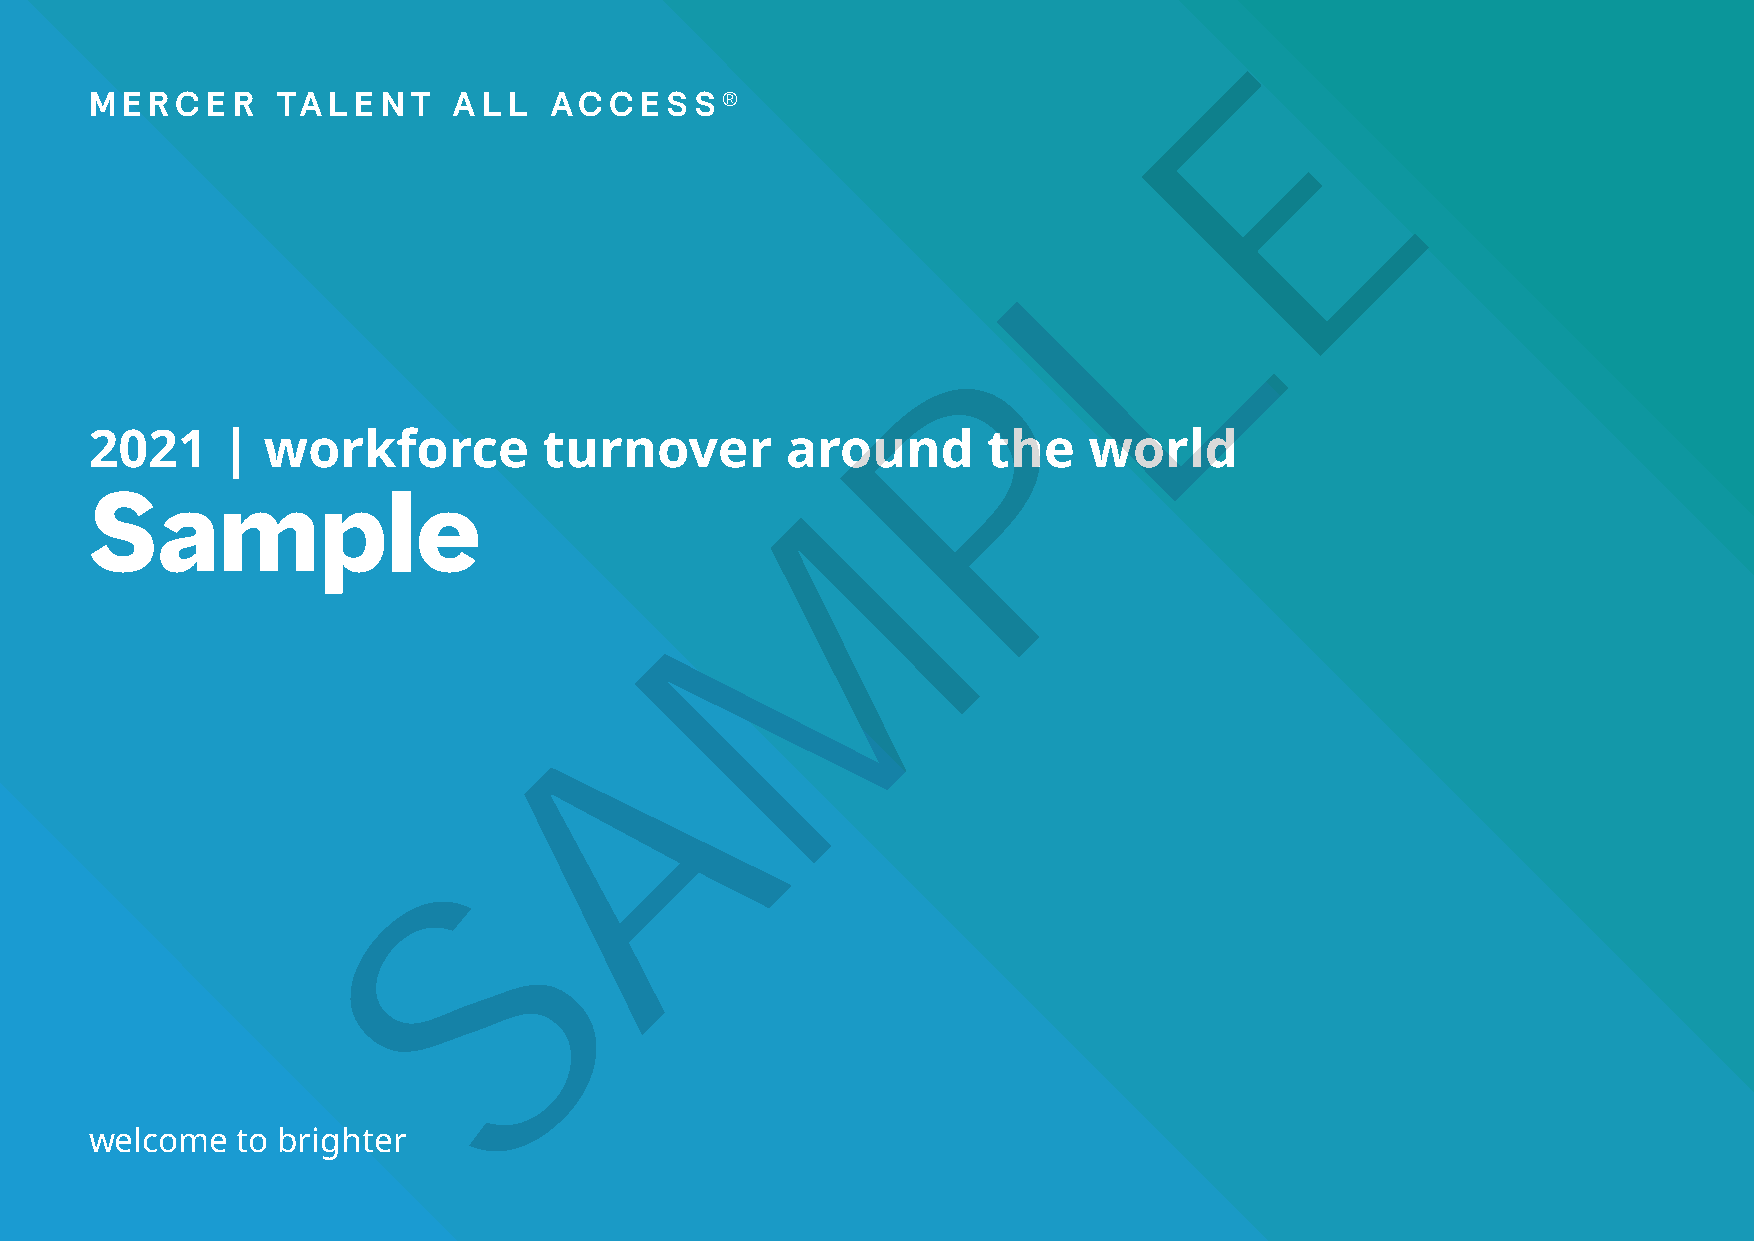
E
 MERCER      TA  L EN T  A L L AC  C E S S ®
 L
 P
 2021     | workforce          turnover        around       the    world
 M
 Sample
 A
 S
 welcome   to brighter